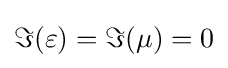
{\textstyle \Im (\varepsilon )=\Im (\mu )=0}